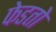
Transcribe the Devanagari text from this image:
फेडतो